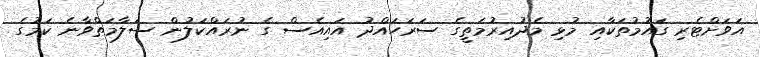
އަވަށްޓެރި ގައުމުތަކާއި މުޅި މެދުއިރުމަތީގެ ސަރަހައްދު އައިއެސް ގެ ނުރައްކަލުން ސަލާމަތްވާނެ ކަމުގެ